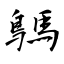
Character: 鷌